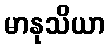
မာနုသိယာ